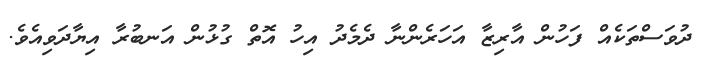
ދުވަސްތަކެއް ފަހުން އާރިޒާ އަހަރެންނާ ދެމެދު އިހު އޮތް ގުޅުން އަނބުރާ އިޔާދަވިއެވެ.